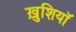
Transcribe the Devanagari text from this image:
ख़ुशियाॅ